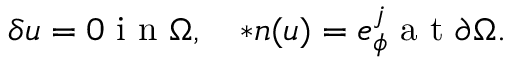
\delta u = 0 \mathrm { ~ i ~ n ~ } \Omega , \quad \ast \boldsymbol { n } ( u ) = e _ { \phi } ^ { j } \mathrm { ~ a ~ t ~ } \partial \Omega .